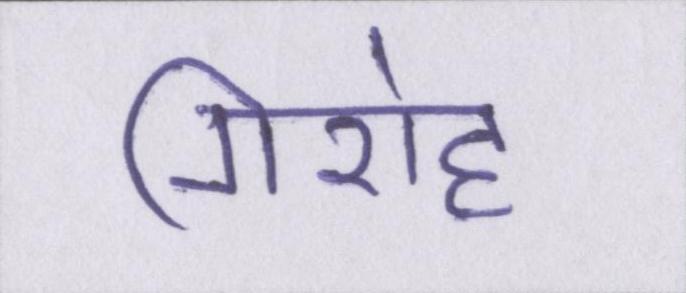
गिरोह